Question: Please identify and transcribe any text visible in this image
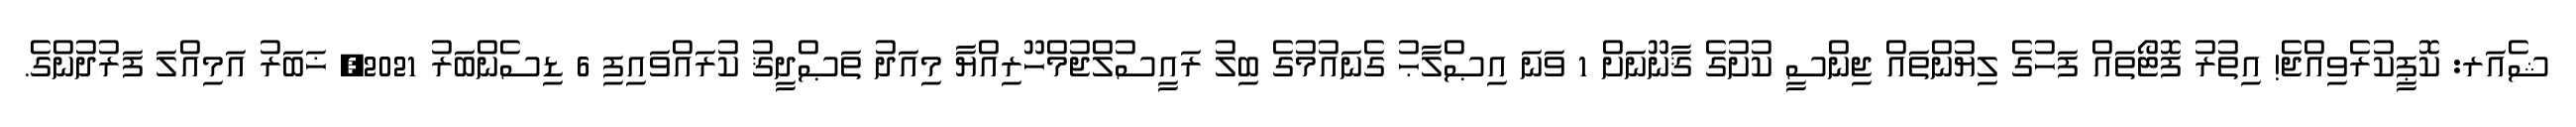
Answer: ޝެއަރ: ކޮޕީކުރެވިއްޖެ! އިތުރު ފޮޓޯތައް ފަހުގެ ލިޔުންތައް ޖިންސީ ކުށުގެ ޤާނޫނަށް 1 ވަނަ އިޞްލާޙު ގެނައުމުގެ ބިލު ރައީސުލްޖުމްހޫރިއްޔާ މިއަދު ތަޞްދީޤު ކުރައްވައިފި 6 ޑިސެންބަރު 2021, ޚަބަރު އަމިއްލަ ފަރުދުންގެ.